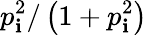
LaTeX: p_{\mathbf{i}}^{2}/\left(1+p_{\mathbf{i}}^{2}\right)